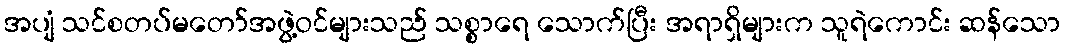
အပျံ သင်စတပ်မတော်အဖွဲ့ဝင်များသည် သစ္စာရေ သောက်ပြီး အရာရှိများက သူရဲကောင်း ဆန်သော